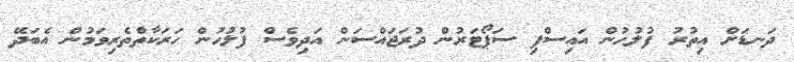
ދަނޑަށް އިތުރު ފުލުހުން އައިސްފި ސަޕޯޓަރުން ދުރަޖައްސަން އަދިވެސް ފުލުހުން ހަރަކާތްތެރިވަމުން އެބަދޭ